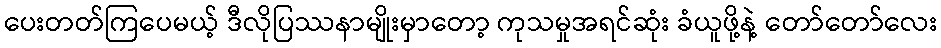
ပေးတတ်ကြပေမယ့် ဒီလိုပြဿနာမျိုးမှာတော့ ကုသမှုအရင်ဆုံး ခံယူဖို့နဲ့ တော်တော်လေး